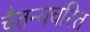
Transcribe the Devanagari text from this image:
चैतन्यचरित